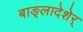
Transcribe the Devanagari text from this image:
बाङ्लादेशेर्